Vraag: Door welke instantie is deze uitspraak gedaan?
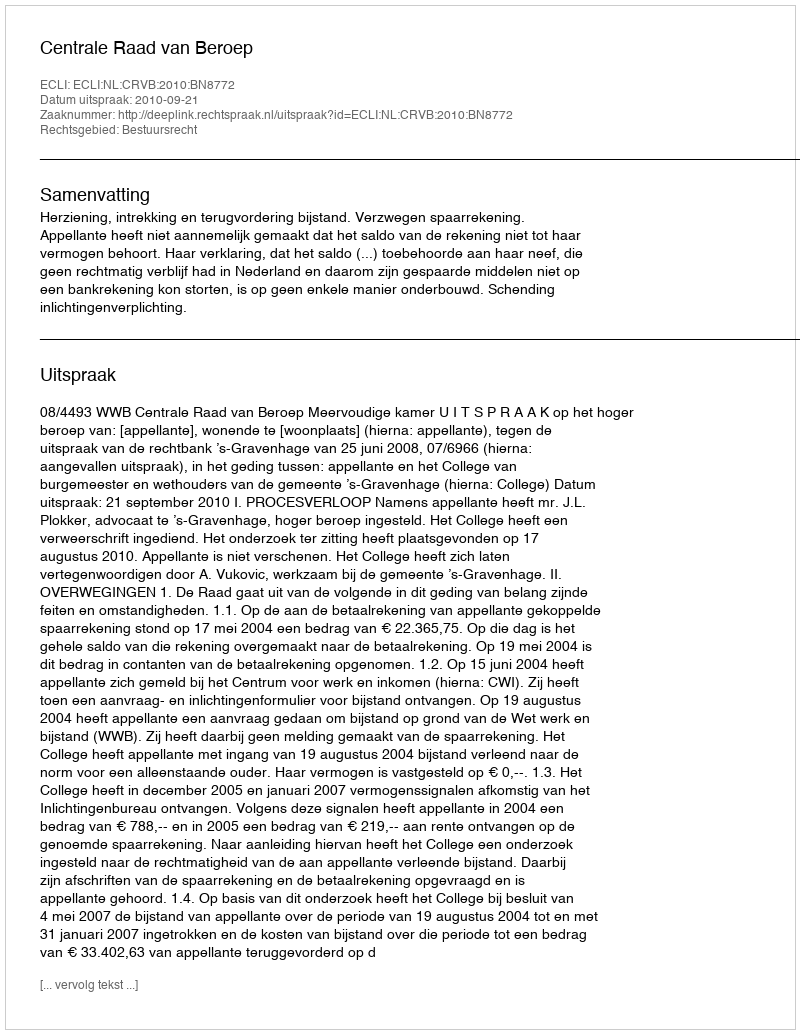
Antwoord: Centrale Raad van Beroep